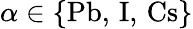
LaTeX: \alpha\in\{ \textrm{Pb},\, \textrm{I},\, \textrm{Cs}\}